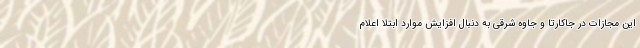
این مجازات در جاکارتا و جاوه شرقی به دنبال افزایش موارد ابتلا اعلام